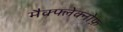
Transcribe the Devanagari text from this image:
मैक्फ्लेक्नोफ़